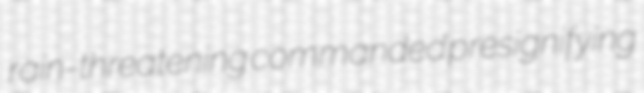
rain-threatening commanded presignifying